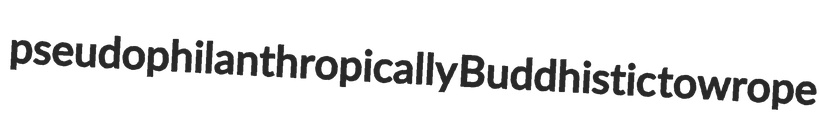
pseudophilanthropically Buddhistic towrope